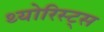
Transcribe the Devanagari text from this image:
थ्योरिस्ट्स